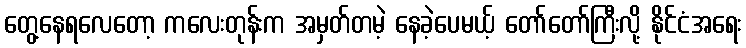
တွေ့နေရလေတော့ ကလေးတုန်းက အမှတ်တမဲ့ နေခဲ့ပေမယ့် တော်တော်ကြီးလို့ နိုင်ငံအရေး